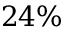
2 4 \%